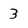
Character: 3